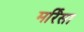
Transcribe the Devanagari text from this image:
मर्रिसा